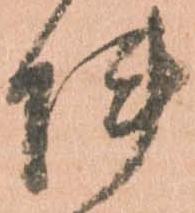
陣